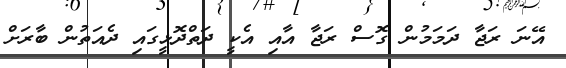
އޭނަ ރަޖާ ދަމަމުން ގޮސް ރަޖާ އާއި އެކީ ދަތްދޮޅީގައި ދެއަތުން ބާރަށް